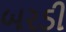
બરડી